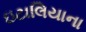
ઇટાલિયાના